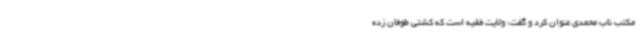
مکتب ناب محمدی عنوان کرد و گفت:‌ ولایت فقیه است که کشتی طوفان زده